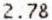
2.78